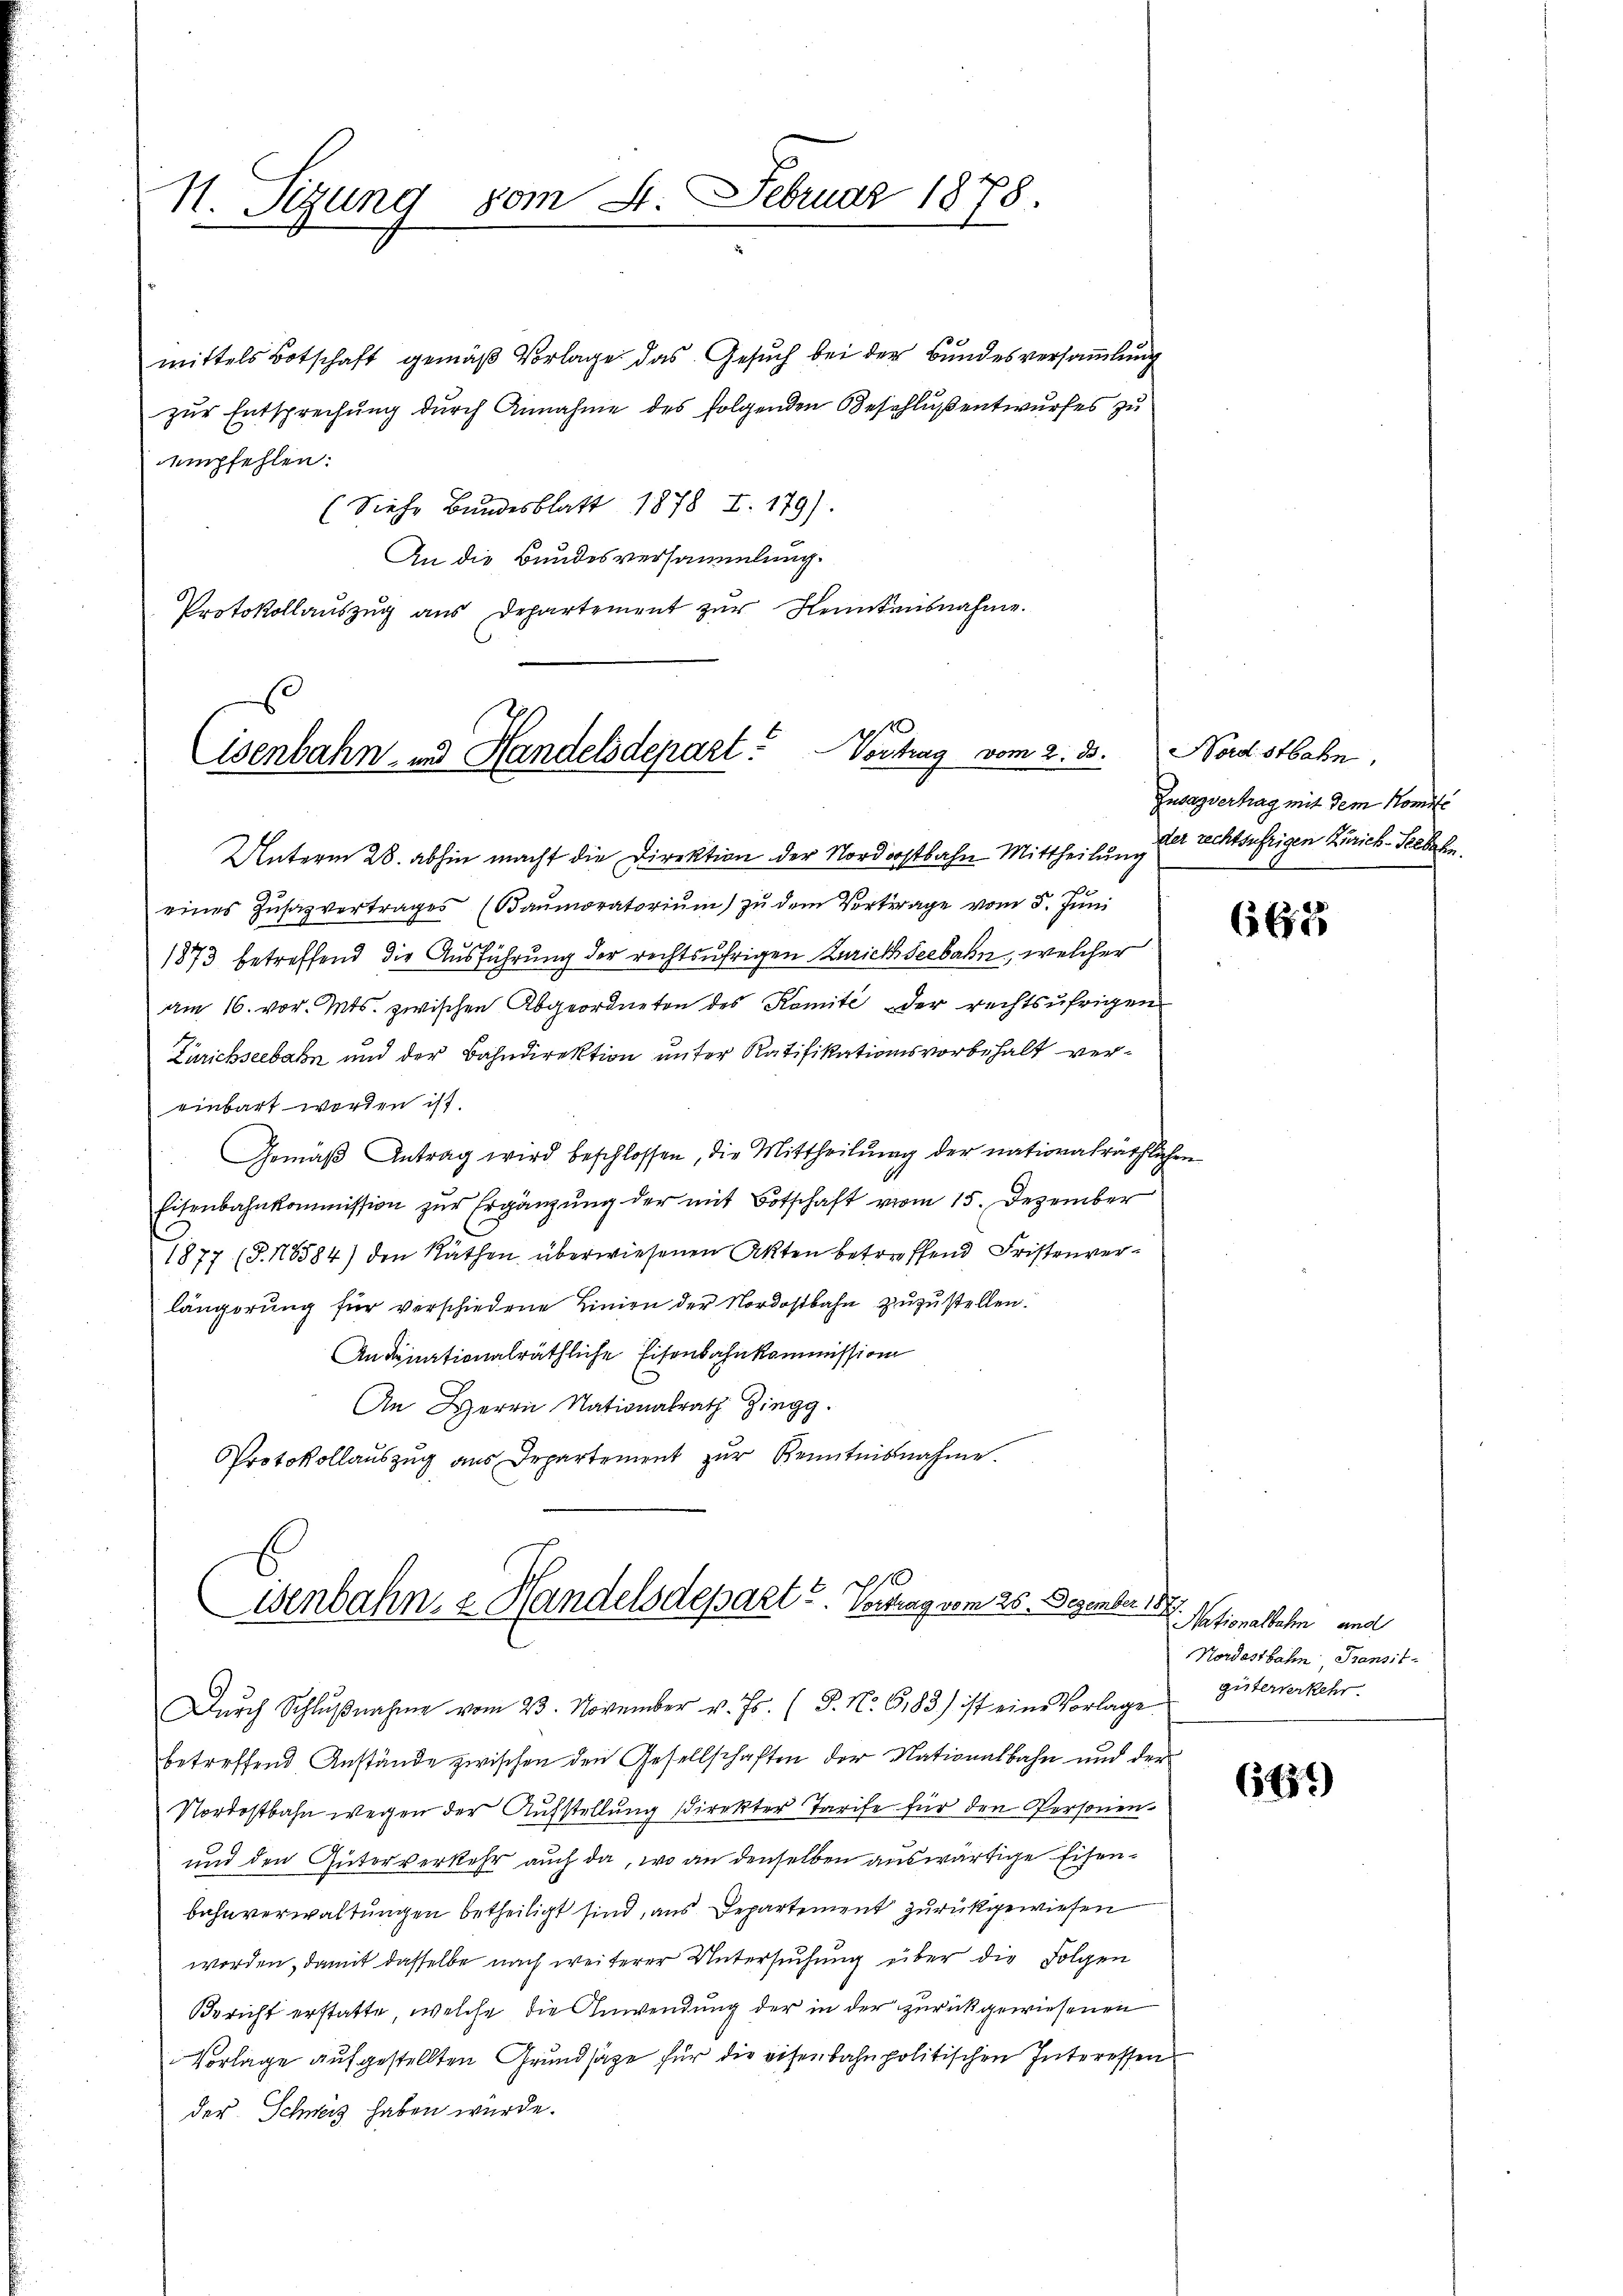
N. Tigung vom 4. Februar 1878.

mittels Botschaft gemäβ Vorlage das Gesŭch bei der Bŭndesversaṁlŭng
zur Entsprechung durch Annahme des folgenden Beschluß entwurfes zu
empfehlen:
(Siehe Bundesblatt 1878 f. 179).
An die Bundesversammlung.
Protokollauszug aus Departement zŭr Kenntnisnahme.

s
isenbahn- und Handelsdepart. Vontrag vom 2. 33.

Unterm 28. abhin macht die Direktion der Nordostbahn Mittheilung der rechtsufrigen Zürich-Seebahn
eines Zŭsazvertrages (Baŭmoratoriŭm zŭ dem Vertrage vom 5. Jŭni
1873 betreffend die Ausführung der rechtsufrigen Zürichseebahn, welcher
am 16. vor. Mts. zwischen Abgeordneten des Komité der rechtsŭfrigen
Zürichseebahn und der Bahndirektion unter Ratifikationsvorbehalt vereinbart worden ist.
Gemäβ Antrag wird beschlossen, die Mittheilŭng der nationalräthlichen
Eisenbahnkommission zur Ergänzung der mit Botschaft vom 15. Dezember
1877 (T.16584) den Räthen überwiesenen Akten betreffend Fristenverlängerung für verschiedene Linien der Nordostbahn zuzustellen.
Andinationalräthliche Eisenbahnkommission
An Herrn Nationalrath Zingg
Protokollauszug aus Departement zur Kenntnisnahme.

10
wenbahn, z. Handelsdepart u. Vertrag vom 25. Dezember 1.

Dŭrch Schlŭβnahme vom 23. November v. Js. (T. No. 6183) ist eine Vorlage
betreffend Anstände zwischen den Gesellschaften der Nationalbahn und der
Nordostbahn wegen der Aufstellung stirckter Tarife für den Personen¬
und den Güterverkehr auch da, wo an denselben auswärtige Eisen¬
Bahnverwaltungen betheiligt sind, aus Departement zurückgewiesen
worden, damit dasselbe nach weiterer Untersuchung über die Folgen
Bericht erstatte, welche die Anwendung der in der zurückgewiesenen
Vorlage aufgestellten Grundsätze für die eisenbahnpolitischen Interessen
der Schweiz haben würde.

Nadstbahn.
Zuvagverhag mit dem Komite

665

u
I. Nationalbahn und
Nordostbahn, Transitgüterverkehr.

(139)